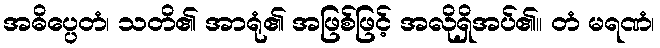
အဓိပ္ပေတံ၊ သတိ၏ အာရုံ၏ အဖြစ်ဖြင့် အလိုရှိအပ်၏။ တံ မရဏံ၊